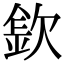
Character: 𣣽